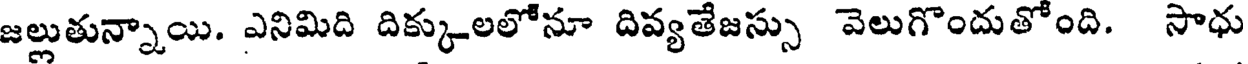
జల్లుతున్నాయి. ఎనిమిది దిక్కులలోనూ దివ్యతేజస్సు వెలుగొందుతోంది. సాధు